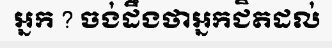
អ្នក ? ចង់ដឹងថាអ្នកជិតដល់